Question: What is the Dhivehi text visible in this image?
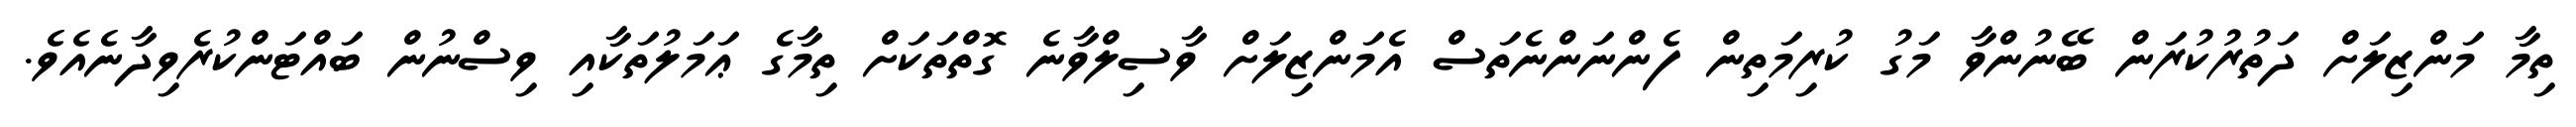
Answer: ތިމާ މަންޒިލަށް ދަތުރުކުރަން ބޭނުންވާ މަގު ކުރިމަތިން ފެންނަންނެތަސް އެމަންޒިލަށް ވާސިލްވާނެ ގޮތްތަކަށް ތިމާގެ ޢަމަލުތަކާއި ވިސްނުން ބައްޓަންކުރެވިދާނެއެވެ.